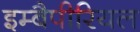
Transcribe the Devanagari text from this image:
इम्बैपीरियल